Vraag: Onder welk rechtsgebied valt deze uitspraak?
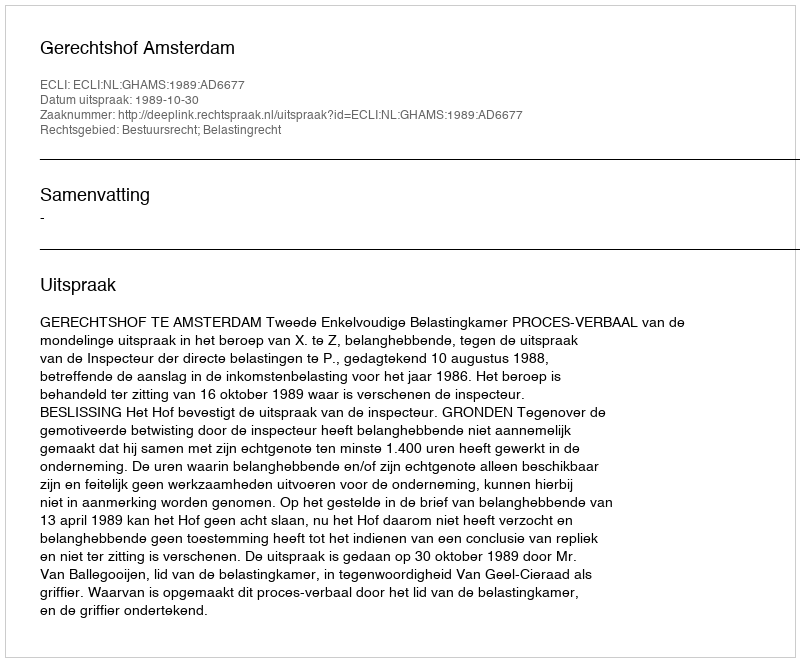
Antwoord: Bestuursrecht; Belastingrecht